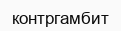
контргамбит